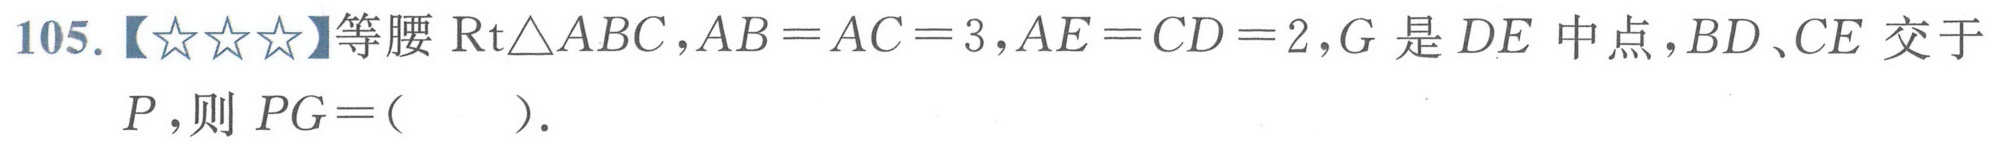
105.【★★★】等腰 \(\text{Rt}\triangle ABC\)，\(AB = AC = 3\)，\(AE = CD = 2\)，\(G\) 是 \(DE\) 中点，\(BD\)、\(CE\) 交于 \(P\)，则 \(PG = (\quad)\).